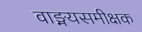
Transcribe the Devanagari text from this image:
वाङ्मयसमीक्षक